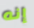
إنه